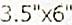
3.5"X6"